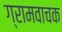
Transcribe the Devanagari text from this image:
ग्रामवाचक